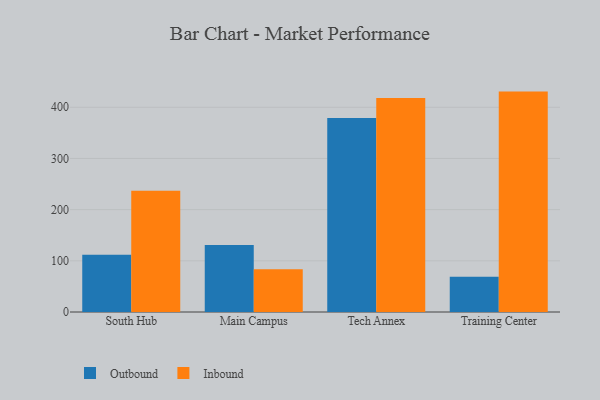
{"axis": {"x": "Campus", "y": "Latency (ms)"}, "legend": ["Inbound", "Outbound"], "data": [{"x": "South Hub", "y": 111.9, "type": "Outbound"}, {"x": "South Hub", "y": 236.7, "type": "Inbound"}, {"x": "Main Campus", "y": 130.8, "type": "Outbound"}, {"x": "Main Campus", "y": 83.3, "type": "Inbound"}, {"x": "Tech Annex", "y": 378.9, "type": "Outbound"}, {"x": "Tech Annex", "y": 417.9, "type": "Inbound"}, {"x": "Training Center", "y": 68.9, "type": "Outbound"}, {"x": "Training Center", "y": 430.6, "type": "Inbound"}]}